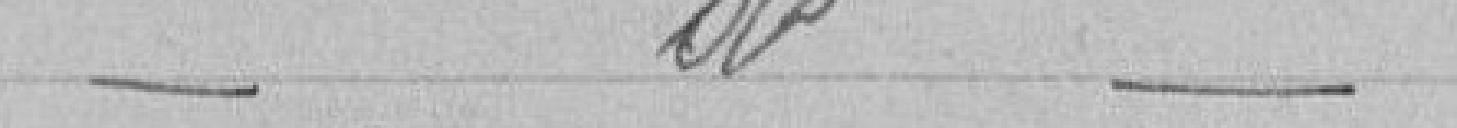
_d_